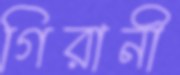
গিরানী